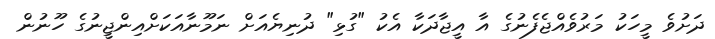
ދަށުވެ މީހަކު މަރުވެއްޖެފެނުގެ އާ އީޖާދަކާ އެކު "ގުޅި" ދުނިޔެއަށް ނަމޫނާއަކަށްއިންޖީނުގެ ހޫނުން